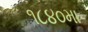
૧૮૪૦મા